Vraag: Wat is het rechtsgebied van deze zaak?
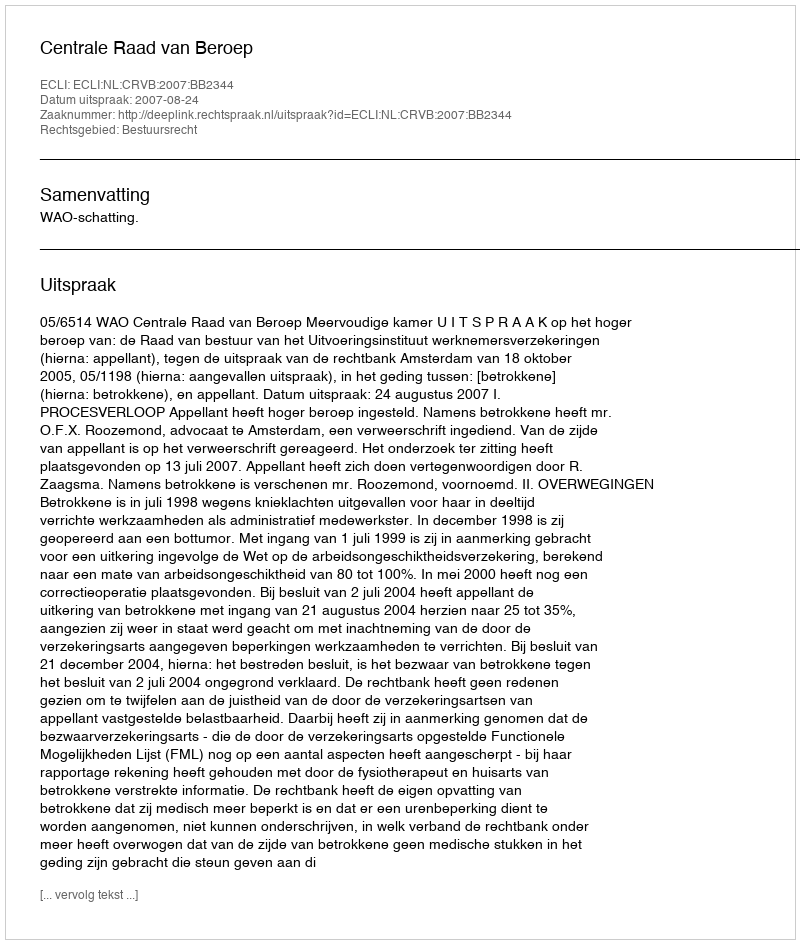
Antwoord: Bestuursrecht